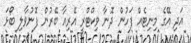
އަދި އޭގެ މިނިޓެއް ފަހުން ދޮނާ ވިކްޓްރީ އޭރިއާ ބޭރުން ފޮނުވާލި ބޯޅަ